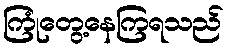
ကြုံတွေ့နေကြရသည်